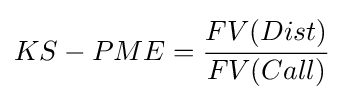
KS-PME={\cfrac {FV(Dist)}{FV(Call)}}